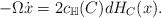
LaTeX: \begin{align*}-\Omega \dot{x} = 2c_{\mathbb{H}}(C) dH_C(x).\end{align*}